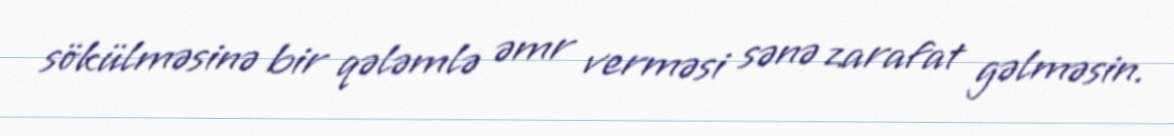
sökülməsinə bir qələmlə əmr verməsi sənə zarafat gəlməsin.